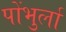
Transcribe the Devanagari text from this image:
पोंभुर्ला